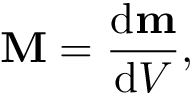
\mathbf { M } = { \frac { \mathrm { d } \mathbf { m } } { \mathrm { d } V } } ,